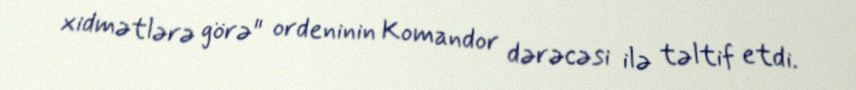
xidmətlərə görə" ordeninin Komandor dərəcəsi ilə təltif etdi.